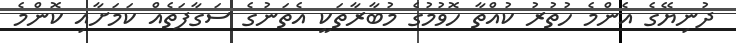
ދުނިޔޭގެ އެންމެ ހުތުރު ކުއްތާ ހޮވުމުގެ މުބާރާތަކީ އެތަނުގެ ސަގާފަތެއް ކަމަށާއި ކޮންމެ